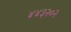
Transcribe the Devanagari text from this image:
४४३२०२